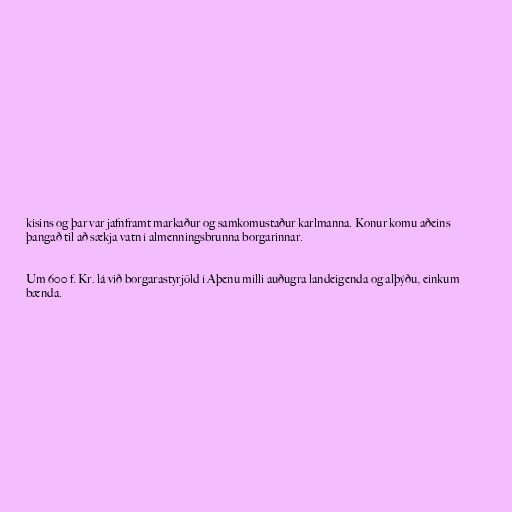
kisins og þar var jafnframt markaður og samkomustaður karlmanna. Konur komu aðeins
þangað til að sækja vatn í almenningsbrunna borgarinnar.

Um 600 f. Kr. lá við borgarastyrjöld í Aþenu milli auðugra landeigenda og alþýðu, einkum
bænda.